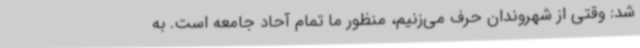
شد: وقتی از شهروندان حرف می‌زنیم، منظور ما تمام آحاد جامعه است. به